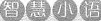
智慧小语